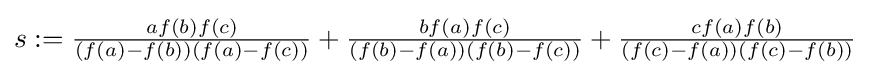
{\textstyle s:={\frac {af(b)f(c)}{(f(a)-f(b))(f(a)-f(c))}}+{\frac {bf(a)f(c)}{(f(b)-f(a))(f(b)-f(c))}}+{\frac {cf(a)f(b)}{(f(c)-f(a))(f(c)-f(b))}}}